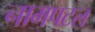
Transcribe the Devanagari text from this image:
नामपटल